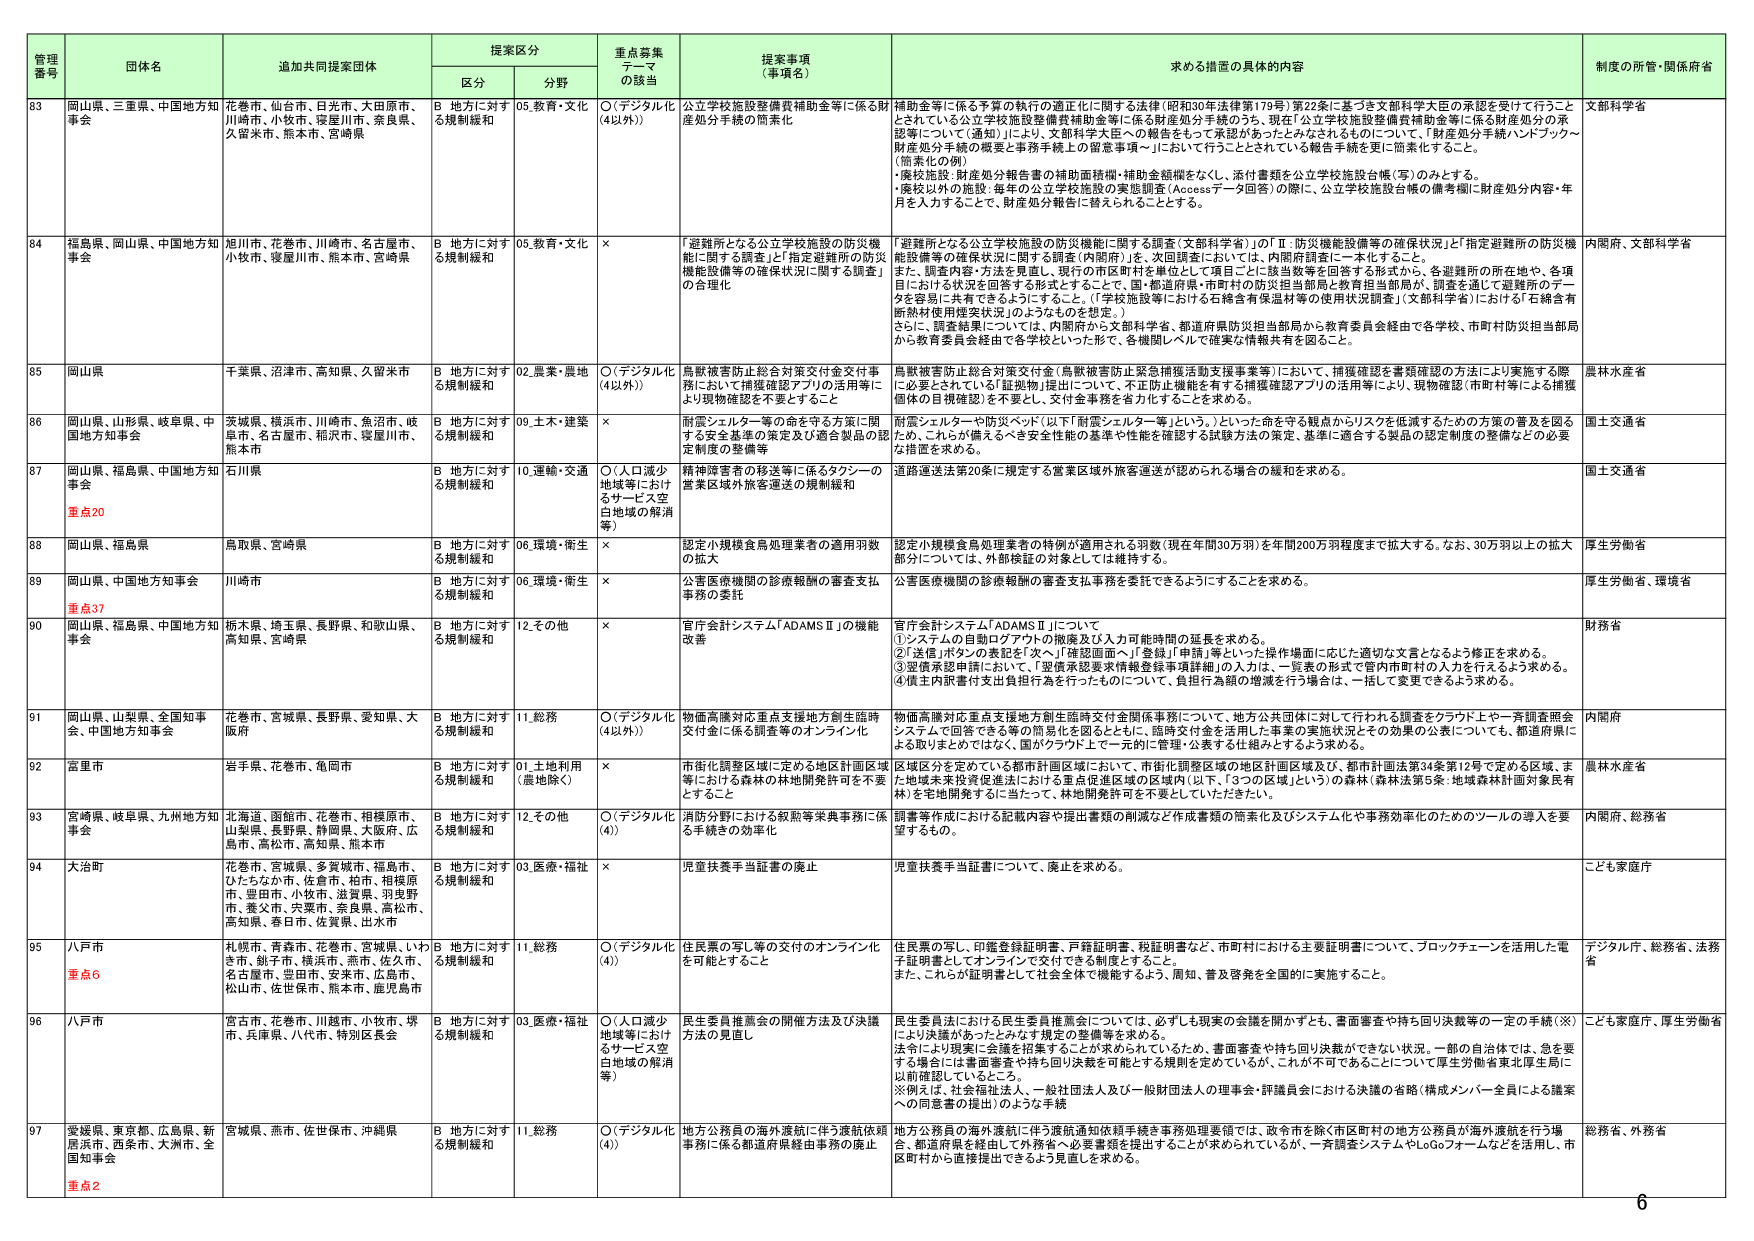
管理番号 団体名 追加共同提案団体 提案区分 重点募集テーマの該当 提案事項（事項名） 求める措置の具体的内容 制度の所管・関係府省
区分 分野
83 岡山県、三重県、中国地方知事会 花巻市、仙台市、日光市、大田原市、川崎市、小牧市、寝屋川市、奈良県、久留米市、熊本市、宮崎県 B 地方に対する規制緩和 05.教育・文化 ○（「デジタル化（4以外）」） 公立学校施設整備費補助金等に係る財産処分手続の簡素化 補助金等に係る予算の執行の適正化に関する法律（昭和30年法律第179号）第22条に基づき文部科学大臣の承認を受けて行うこととされている公立学校施設整備費補助金等に係る財産処分手続のうち、現在「公立学校施設整備費補助金等に係る財産処分の承認等について（通知）」により、文部科学大臣への報告をもって承認があったとみなされるものについて、「財産処分手続ハンドブック～財産処分手続の概要と事務手続上の留意事項～」において行うこととされている報告手続を更に簡素化すること。 （簡素化の例） ・廃校施設：財産処分報告書の補助面積欄・補助金額欄をなくし、添付書類を公立学校施設台帳（等）のみとする。 ・廃校以外の施設：毎年の公立学校施設の実態調査（Accessデータ回収）の際に、公立学校施設台帳の備考欄に財産処分内容・年月を入力することで、財産処分報告に替えられることとする。 文部科学省
84 福島県、岡山県、中国地方知事会 旭川市、花巻市、川崎市、名古屋市、小牧市、寝屋川市、熊本市、宮崎県 B 地方に対する規制緩和 05.教育・文化 × 「避難所となる公立学校施設の防災機能に関する調査」と「指定避難所の防災機能設備等の確保状況に関する調査」の合理化 「避難所となる公立学校施設の防災機能に関する調査（文部科学省）」のⅠ、Ⅱ、防災機能設備等の確保状況」と「指定避難所の防災機能設備等の確保状況に関する調査（内閣府）」を、次回調査においては、内閣府調査に一本化すること。 また、調査内容・方法を整理し、現行の市区町村を単位として項目ごとに該当数等を回答する形式から、各避難所の所在地や、各項目における状況を回答する形式とすることで、国・都道府県・市町村の担当部局と教育担当部局が、調査を通じて避難所のデータを容易に共有できるようにすること。（「学校施設等における石綿含有保温材等の使用状況調査」（文部科学省）における「石綿含有断熱材使用履歴状況」のようなものを想定。） さらに、調査結果については、内閣府から文部科学省、都道府県防災担当部局から教育委員会経由で各学校・市町村防災担当部局から教育委員会経由で各学校といった形で、各機関レベルで確実な情報共有を図ること。 内閣府、文部科学省
85 岡山県 千葉県、沼津市、高知県、久留米市 B 地方に対する規制緩和 02.農業・農地 ○（「デジタル化（4以外）」） 鳥獣被害防止総合対策交付金交付事務において捕獲確認アプリの活用等により現物確認を不要とすること 鳥獣被害防止総合対策交付金（鳥獣被害防止緊急捕獲活動支援事業等）において、捕獲確認を書類確認の方法により実施する際 に必要とされている「証拠物」提出について、不正防止機能を有する捕獲確認アプリの活用等により、現物確認（市町村等による捕獲個体の目視確認）を不要とし、交付金事務を省力化することを求める。 農林水産省
86 岡山県、山形県、岐阜県、中国地方知事会 茨城県、横浜市、川崎市、魚沼市、岐阜市、名古屋市、稲沢市、寝屋川市、熊本市 B 地方に対する規制緩和 09.土木・建築 × 耐震シェルター等の命を守る方策に関 する安全基準の策定及び適合製品の認定制度の整備等 耐震シェルターや防災ベッド（以下「耐震シェルター等」という。）といった命を守る観点からリスクを低減するための方策の普及を図るため、これらが備えるべき安全性能の基準や性能を確認する試験方法の策定、基準に適合する製品の認定制度の整備などの必要な措置を求める。 国土交通省
87 岡山県、福島県、中国地方知事会 重点20 石川県 B 地方に対する規制緩和 10.運輸・交通 ○（人口減少地域等におけるサービス空白地域の解消等） 精神障害者の移送等に係るタクシーの営業区域外旅客運送の規制緩和 道路運送法第20条に規定する営業区域外旅客運送が認められる場合の緩和を求める。 国土交通省
88 岡山県、福島県 鳥取県、宮崎県 B 地方に対する規制緩和 06.環境・衛生 × 認定小規模食鳥処理業者の適用羽数の拡大 認定小規模食鳥処理業者の特例が適用される羽数（現在年間30万羽）を年間200万羽程度まで拡大する。なお、30万羽以上の拡大部分については、外部検証の対象としては維持する。 厚生労働省
89 岡山県、中国地方知事会 重点37 川崎市 B 地方に対する規制緩和 06.環境・衛生 × 公害医療機関の診療報酬の審査支払事務の委託 公害医療機関の診療報酬の審査支払事務を委託できるようにすることを求める。 厚生労働省、環境省
90 岡山県、福島県、中国地方知事会 栃木県、埼玉県、長野県、和歌山県、高知県、宮崎県 B 地方に対する規制緩和 12.その他 × 官庁会計システム「ADAMSⅡ」の機能改善 官庁会計システム「ADAMSⅡ」について ①システムの自動ログアウトの撤廃及び入力可能時間の延長を求める。 ②送信・ポストの表記を「次へ」「確認画面へ」「登録」「申請」等といった操作場面に応じた適切な文言となるよう修正を求める。 ③翌週再登録等において、「翌週再登録要件確認事項詳細」の入力は、一覧表の形式で市内町村内の入力を行えるよう求める。 ④債主内訳書付支出負担行為を行ったものについて、負担行為額の増減を行う場合は、一括して変更できるよう求める。 財務省
91 岡山県、山梨県、全国知事会、中国地方知事会 花巻市、宮城県、長野県、愛知県、大阪府 B 地方に対する規制緩和 11.総務 ○（「デジタル化（4以外）」） 物価高騰対応重点支援地方創生臨時交付金に係る調査等のオンライン化 物価高騰対応重点支援地方創生臨時交付金関係事務について、地方公共団体に対して行われる調査をクラウド上や一斉調査照会システムで回答できる等の簡易化を図るとともに、臨時交付金を活用した事業の実施状況とその効果の公表についても、都道府県による取りまとめではなく、国がクラウド上で一元的に管理・公表する仕組みとするよう求める。 内閣府
92 宮里市 岩手県、花巻市、亀岡市 B 地方に対する規制緩和 01.土地利用（農地除く） × 市街化調整区域に定める地区計画区域等における森林の林地開発許可を不要とすること 区域区分を定めている都市計画区域において、市街化調整区域の地区計画区域及び、都市計画法第34条第12号で定める区域、また地域未来投資促進法における重点促進区域の区域内（以下、「3つの区域」という）の森林（森林法第5条：地域森林計画対象民有林）を宅地開発するに当たって、林地開発許可を不要としていただきたい。 農林水産省
93 宮崎県、岐阜県、九州地方知事会 北海道、函館市、花巻市、相模原市、山梨県、長野県、静岡県、大阪府、広島市、高松市、高知県、熊本市 B 地方に対する規制緩和 12.その他 ○（「デジタル化（4）」） 消防分野における叙勲等来典事務に係る手続きの効率化 調査等作成における記載内容や提出書類の削減など作成書類の簡素化及びシステム化や事務効率化のためのツールの導入を要望するもの。 内閣府、総務省
94 大治町 花巻市、宮城県、多賀城市、福島市、ひたちなか市、佐倉市、柏市、相模原市、豊田市、小牧市、滋賀県、羽曳野市、愛知市、六郷市、奈良県、高松市、高知県、春日市、佐賀県、出水市 B 地方に対する規制緩和 03.医療・福祉 × 児童扶養手当証書の廃止 児童扶養手当証書について、廃止を求める。 こども家庭庁
95 八戸市 重点6 札幌市、青森市、花巻市、宮城県、いわき市、銚子市、横浜市、燕市、佐久市、名古屋市、豊田市、安来市、広島市、松山市、佐世保市、熊本市、鹿児島市 B 地方に対する規制緩和 11.総務 ○（「デジタル化（4）」） 住民票の写し等の交付のオンライン化を可能とすること 住民票の写し、印鑑登録証明書、戸籍証明書、税証明書など、市町村における主要証明書について、ブロックチェーンを活用した電子証明書としてオンラインで交付できる制度とすること。 また、これらが証明書として社会全体で機能するよう、周知、普及啓発を全国的に実施すること。 デジタル庁、総務省、法務省
96 八戸市 宮古市、花巻市、川越市、小牧市、琴市、兵庫県、八代市、特別区長会 B 地方に対する規制緩和 03.医療・福祉 ○（人口減少地域等におけるサービス空白地域の解消等） 民生委員推薦会の開催方法及び決議方法の見直し 民生委員法における民生委員推薦会については、必ずしも現実の会議を開かずとも、書面審査や持ち回り決裁等の一定の手続（※）により決議があったとみなす規定の整備等を求める。 法令により現実に会議を招集することが求められているため、書面審査や持ち回り決裁ができない状況、一部の自治体では、急を要する場合には書面審査や持ち回り決裁を可能とする規則を定めているが、これが不可であることについて厚生労働省東北厚生局に以前確認しているところ。 ※例えば、社会福祉法人、一般社団法人及び一般財団法人の理事会・評議員会における決議の省略（構成メンバー全員による議案への同意書の提出）のような手続 こども家庭庁、厚生労働省
97 愛媛県、東京都、広島県、新居浜市、西条市、大洲市、全国知事会 重点2 宮城県、燕市、佐世保市、沖縄県 B 地方に対する規制緩和 11.総務 ○（「デジタル化（4）」） 地方公務員の海外渡航に伴う渡航依頼事務に係る都道府県経由事務の廃止 地方公務員の海外渡航に伴う渡航通知依頼手続き事務処理要領では、政令市を除く市区町村の地方公務員が海外渡航を行う場合、都道府県を経由して外務省へ必要書類を提出することが求められているが、一斉調査システムやLoGoフォームなどを活用し、市区町村から直接提出できるよう見直しを求める。 総務省、外務省
6